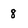
Character: 8